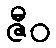
ဇီဝ